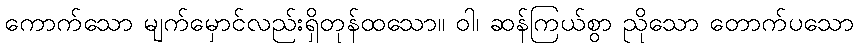
ကောက်သော မျက်မှောင်လည်းရှိတုန်ထသော။ ဝါ၊ ဆန်ကြယ်စွာ ညိုသော တောက်ပသော